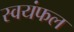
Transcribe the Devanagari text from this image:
स्वयंफल